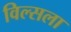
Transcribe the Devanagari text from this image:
विल्सला